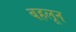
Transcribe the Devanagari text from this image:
बहलून